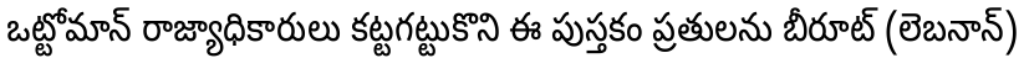
ఒట్టోమాన్ రాజ్యాధికారులు కట్టగట్టుకొని ఈ పుస్తకం ప్రతులను బీరూట్ (లెబనాన్)